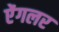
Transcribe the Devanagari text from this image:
ऐंगलर